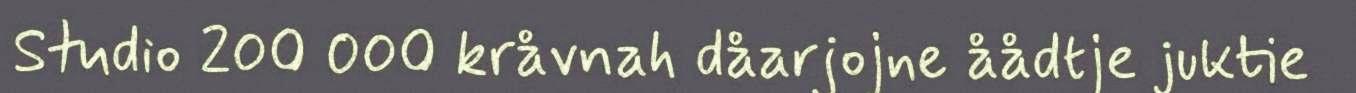
Studio 200 000 kråvnah dåarjojne åådtje juktie